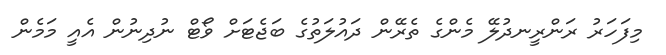
މިފަހަރު ރަންރީނދުލޭ މެންގެ ތެރޭން ދައުލަތުގެ ބަޖެޓަށް ވޯޓް ނުދިނުން އެއީ މަމެން